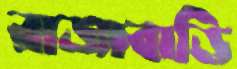
রাজাবাড়ি